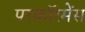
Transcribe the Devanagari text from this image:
परफ़ॉरमेंस